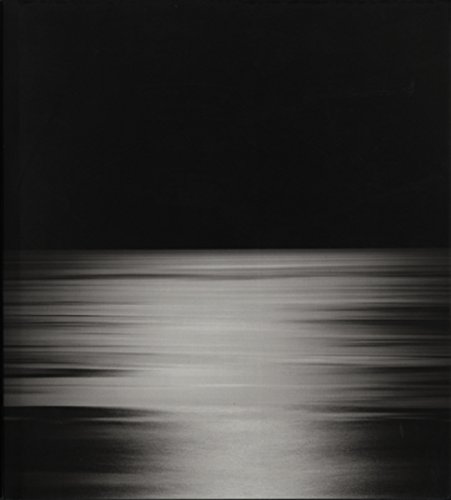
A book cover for Hiroshi Sugimoto: Seascapes; Munesuke Mita; Arts & Photography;